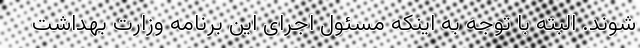
‌شوند. البته با توجه به اینکه مسئول اجرای این برنامه وزارت بهداشت